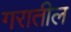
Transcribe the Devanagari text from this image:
गरातील